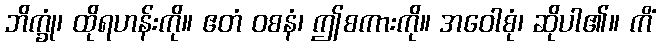
ဘိက္ခုံ၊ ထိုရဟန်းကို။ ဧတံ ဝစနံ၊ ဤစကားကို။ အဝေါစုံ၊ ဆိုပါ၏။ ကိံ